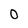
Character: 0